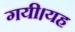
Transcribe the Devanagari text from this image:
गयी।यह